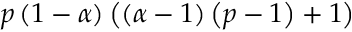
p \left( 1 - \alpha \right) \left( \left( \alpha - 1 \right) \left( p - 1 \right) + 1 \right)